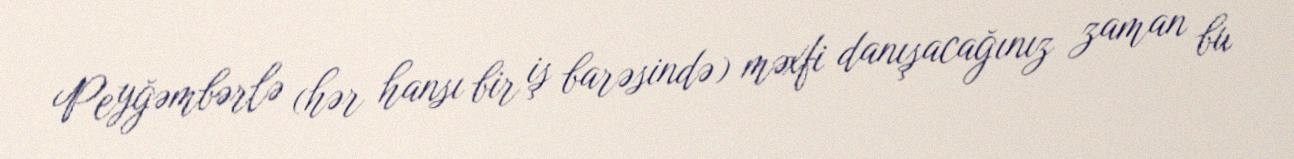
Peyğəmbərlə (hər hansı bir iş barəsində) məxfi danışacağınız zaman bu